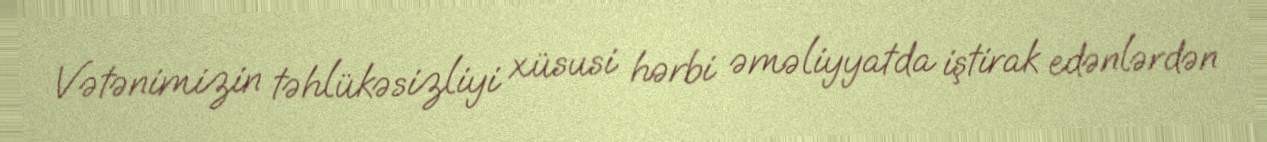
Vətənimizin təhlükəsizliyi xüsusi hərbi əməliyyatda iştirak edənlərdən